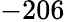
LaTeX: -206